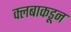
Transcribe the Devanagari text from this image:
क्लबाकडून